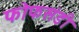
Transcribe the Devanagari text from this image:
फोफसंडी